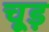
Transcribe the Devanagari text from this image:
चूड़